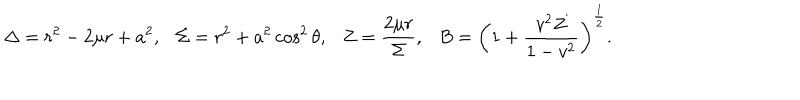
\Delta = r ^ { 2 } - 2 \mu r + a ^ { 2 } , \Sigma = r ^ { 2 } + a ^ { 2 } \cos ^ { 2 } \theta , Z = \frac { 2 \mu r } { \Sigma } , B = \left( 1 + \frac { v ^ { 2 } Z } { 1 - v ^ { 2 } } \right) ^ { \frac { 1 } { 2 } } .